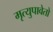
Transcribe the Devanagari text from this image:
मृत्युपावेतो